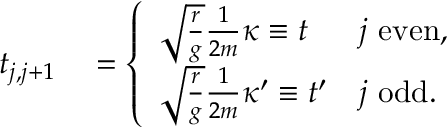
\begin{array} { r l } { t _ { j , j + 1 } } & { { } = \left\{ \begin{array} { l l } { \sqrt { \frac { r } { g } } \frac { 1 } { 2 m } \kappa \equiv t } & { j \ \mathrm { e v e n } , } \\ { \sqrt { \frac { r } { g } } \frac { 1 } { 2 m } \kappa ^ { \prime } \equiv t ^ { \prime } } & { j \ \mathrm { o d d } . } \end{array} \right. } \end{array}